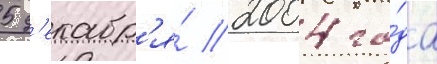
5 д'екабр'я́ 2004 го́да